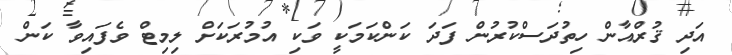
އަދި ޤުރްއާން ހިތުދަސްކުރުން ފަދަ ކަންކަމަކީ ވަކި އުމުރަކަށް ލިމިޓް ވެފައިވާ ކަން